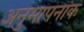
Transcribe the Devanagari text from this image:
अनुमापनांक